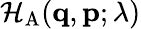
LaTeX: \mathcal{H}_{\mathrm{A}}(\mathbf{q},\mathbf{p};\lambda)